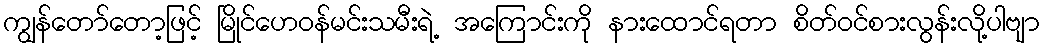
ကျွန်တော်တော့ဖြင့် မြိုင်ဟေဝန်မင်းသမီးရဲ့ အကြောင်းကို နားထောင်ရတာ စိတ်ဝင်စားလွန်းလို့ပါဗျာ